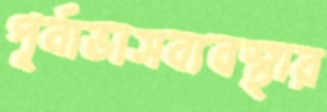
পূর্বাভাসব্যবস্থার